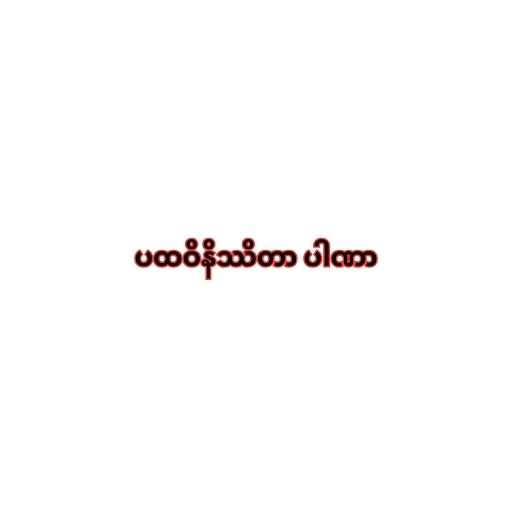
ပထဝိနိဿိတာ ပါဏာ